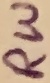
Text: RW